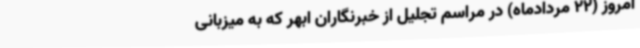
امروز (22 مردادماه) در مراسم تجلیل از خبرنگاران ابهر که به میزبانی